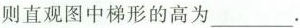
则直观图中梯形的高为___。